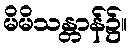
မိမိသန္တာန်၌။